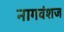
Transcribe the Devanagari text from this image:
नागवंशज